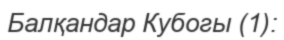
Балқандар Кубогы (1):